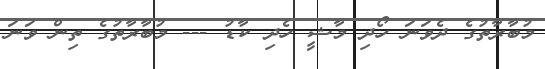
މުބާރާތުގެ ދެވަނަ ހޯދި މާޝީ ހެދި ކާޑު --- މުބާރާތުގެ ތިން ވަނަ